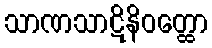
သာဏသာဋိနိဝတ္ထော